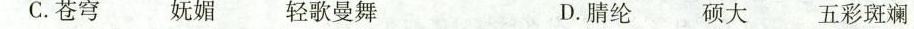
C.苍穹 妩媚 轻歌曼舞 D.腈纶 硕大 五彩斑斓